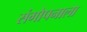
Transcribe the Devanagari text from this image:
संगोपनाला